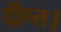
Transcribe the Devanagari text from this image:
दीप्त।